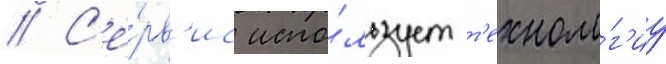
// С'е́рв'ис испо́льзует т'ехноло́г'иу